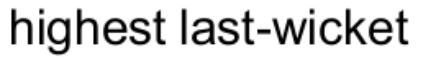
highest last-wicket